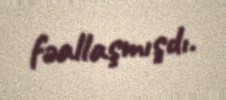
fəallaşmışdı.